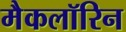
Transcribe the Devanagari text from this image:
मैकलॉरिन